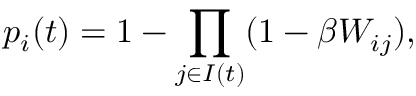
p _ { i } ( t ) = 1 - \prod _ { j \in I ( t ) } ( 1 - \beta W _ { i j } ) ,